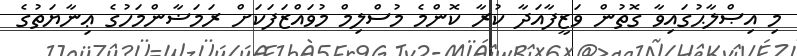
މި އިޞްލާޙުގައިވާ ގޮތުން ވަޒީފާއަދާ ކުރާ ކޮންމެ މުސްލިމް މުވައްޒަފަކަށް ރަމަޟާންމަހުގެ ޢިނާޔަތުގެ